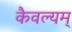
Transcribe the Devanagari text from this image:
कैवल्यम्